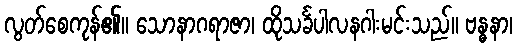
လွတ်စေကုန်၏။ သောနာဂရာဇာ၊ ထိုသင်္ခပါလနဂါးမင်းသည်။ ဗန္ဓနာ၊